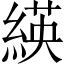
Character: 緓